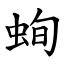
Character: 䖲